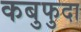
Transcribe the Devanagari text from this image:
कबुफुदा